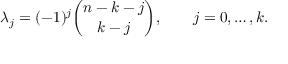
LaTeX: \lambda _ { j } = ( - 1 ) ^ { j } { \binom { n - k - j } { k - j } } , \qquad j = 0 , \ldots , k .